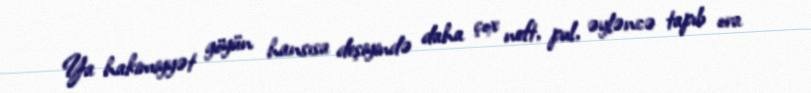
Ya hakimiyyət göyün hansısa deşiyində daha çox neft, pul, əyləncə tapıb ora